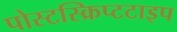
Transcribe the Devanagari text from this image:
पोस्टस्क्रिप्टटाइप